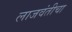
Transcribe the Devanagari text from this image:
लाजवंतीचा